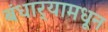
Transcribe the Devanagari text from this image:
बंधार्‍यामधून